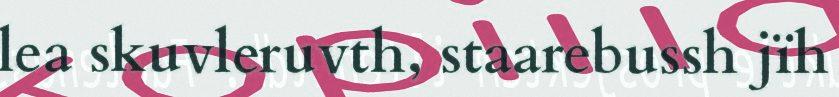
lea skuvleruvth, staarebussh jïh